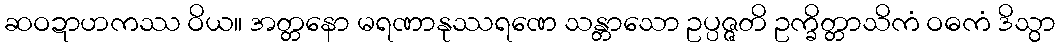
ဆဝဍာဟကဿ ဝိယ။ အတ္တနော မရဏာနုဿရဏေ သန္တာသော ဥပ္ပဇ္ဇတိ ဥက္ခိတ္တာသိကံ ဝဓကံ ဒိသွာ